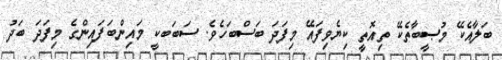
ބަލާއެކޭ މުޞީބާތެކޭ ތިއޮތީ ކިޔެވިފައޭ މިފަދަ ބަސްބަހެވެ. ސަބަބކީ މައިންބަފައިންގެ މިފަދަ ބަދު